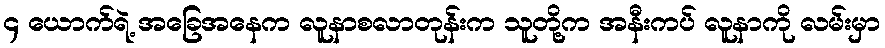
၄ ယောက်ရဲ့ အခြေအနေက လူနာစလာတုန်းက သူတို့က အနီးကပ် လူနာကို လမ်းမှာ